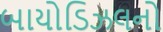
બાયોડિઝલનો